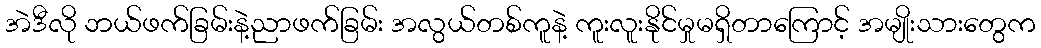
အဲဒီလို ဘယ်ဖက်ခြမ်းနဲ့ညာဖက်ခြမ်း အလွယ်တစ်ကူနဲ့ ကူးလူးနိုင်မှုမရှိတာကြောင့် အမျိုးသားတွေက